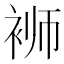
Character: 𬡔